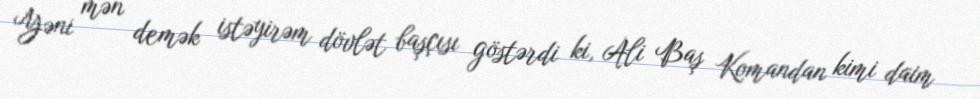
Yəni mən demək istəyirəm dövlət başçısı göstərdi ki, Ali Baş Komandan kimi daim